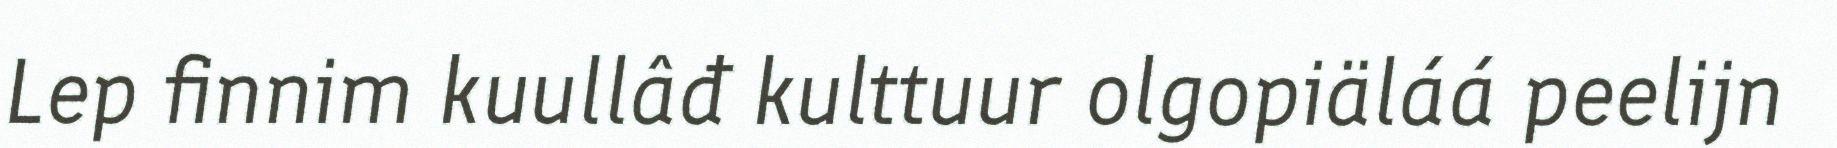
Lep finnim kuullâđ kulttuur olgopiäláá peelijn